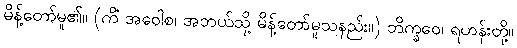
မိန့်တော်မူ၏။ (ကိံ အဝေါစ၊ အဘယ်သို့ မိန့်တော်မူသနည်း။) ဘိက္ခဝေ၊ ရဟန်းတို့။